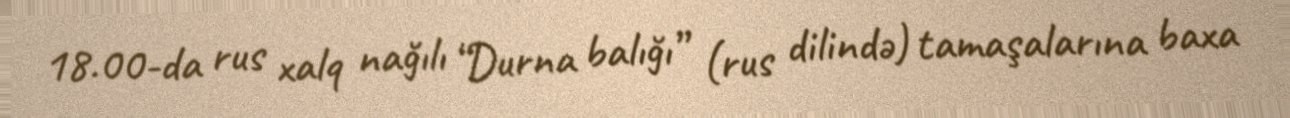
18.00-da rus xalq nağılı “Durna balığı” (rus dilində) tamaşalarına baxa